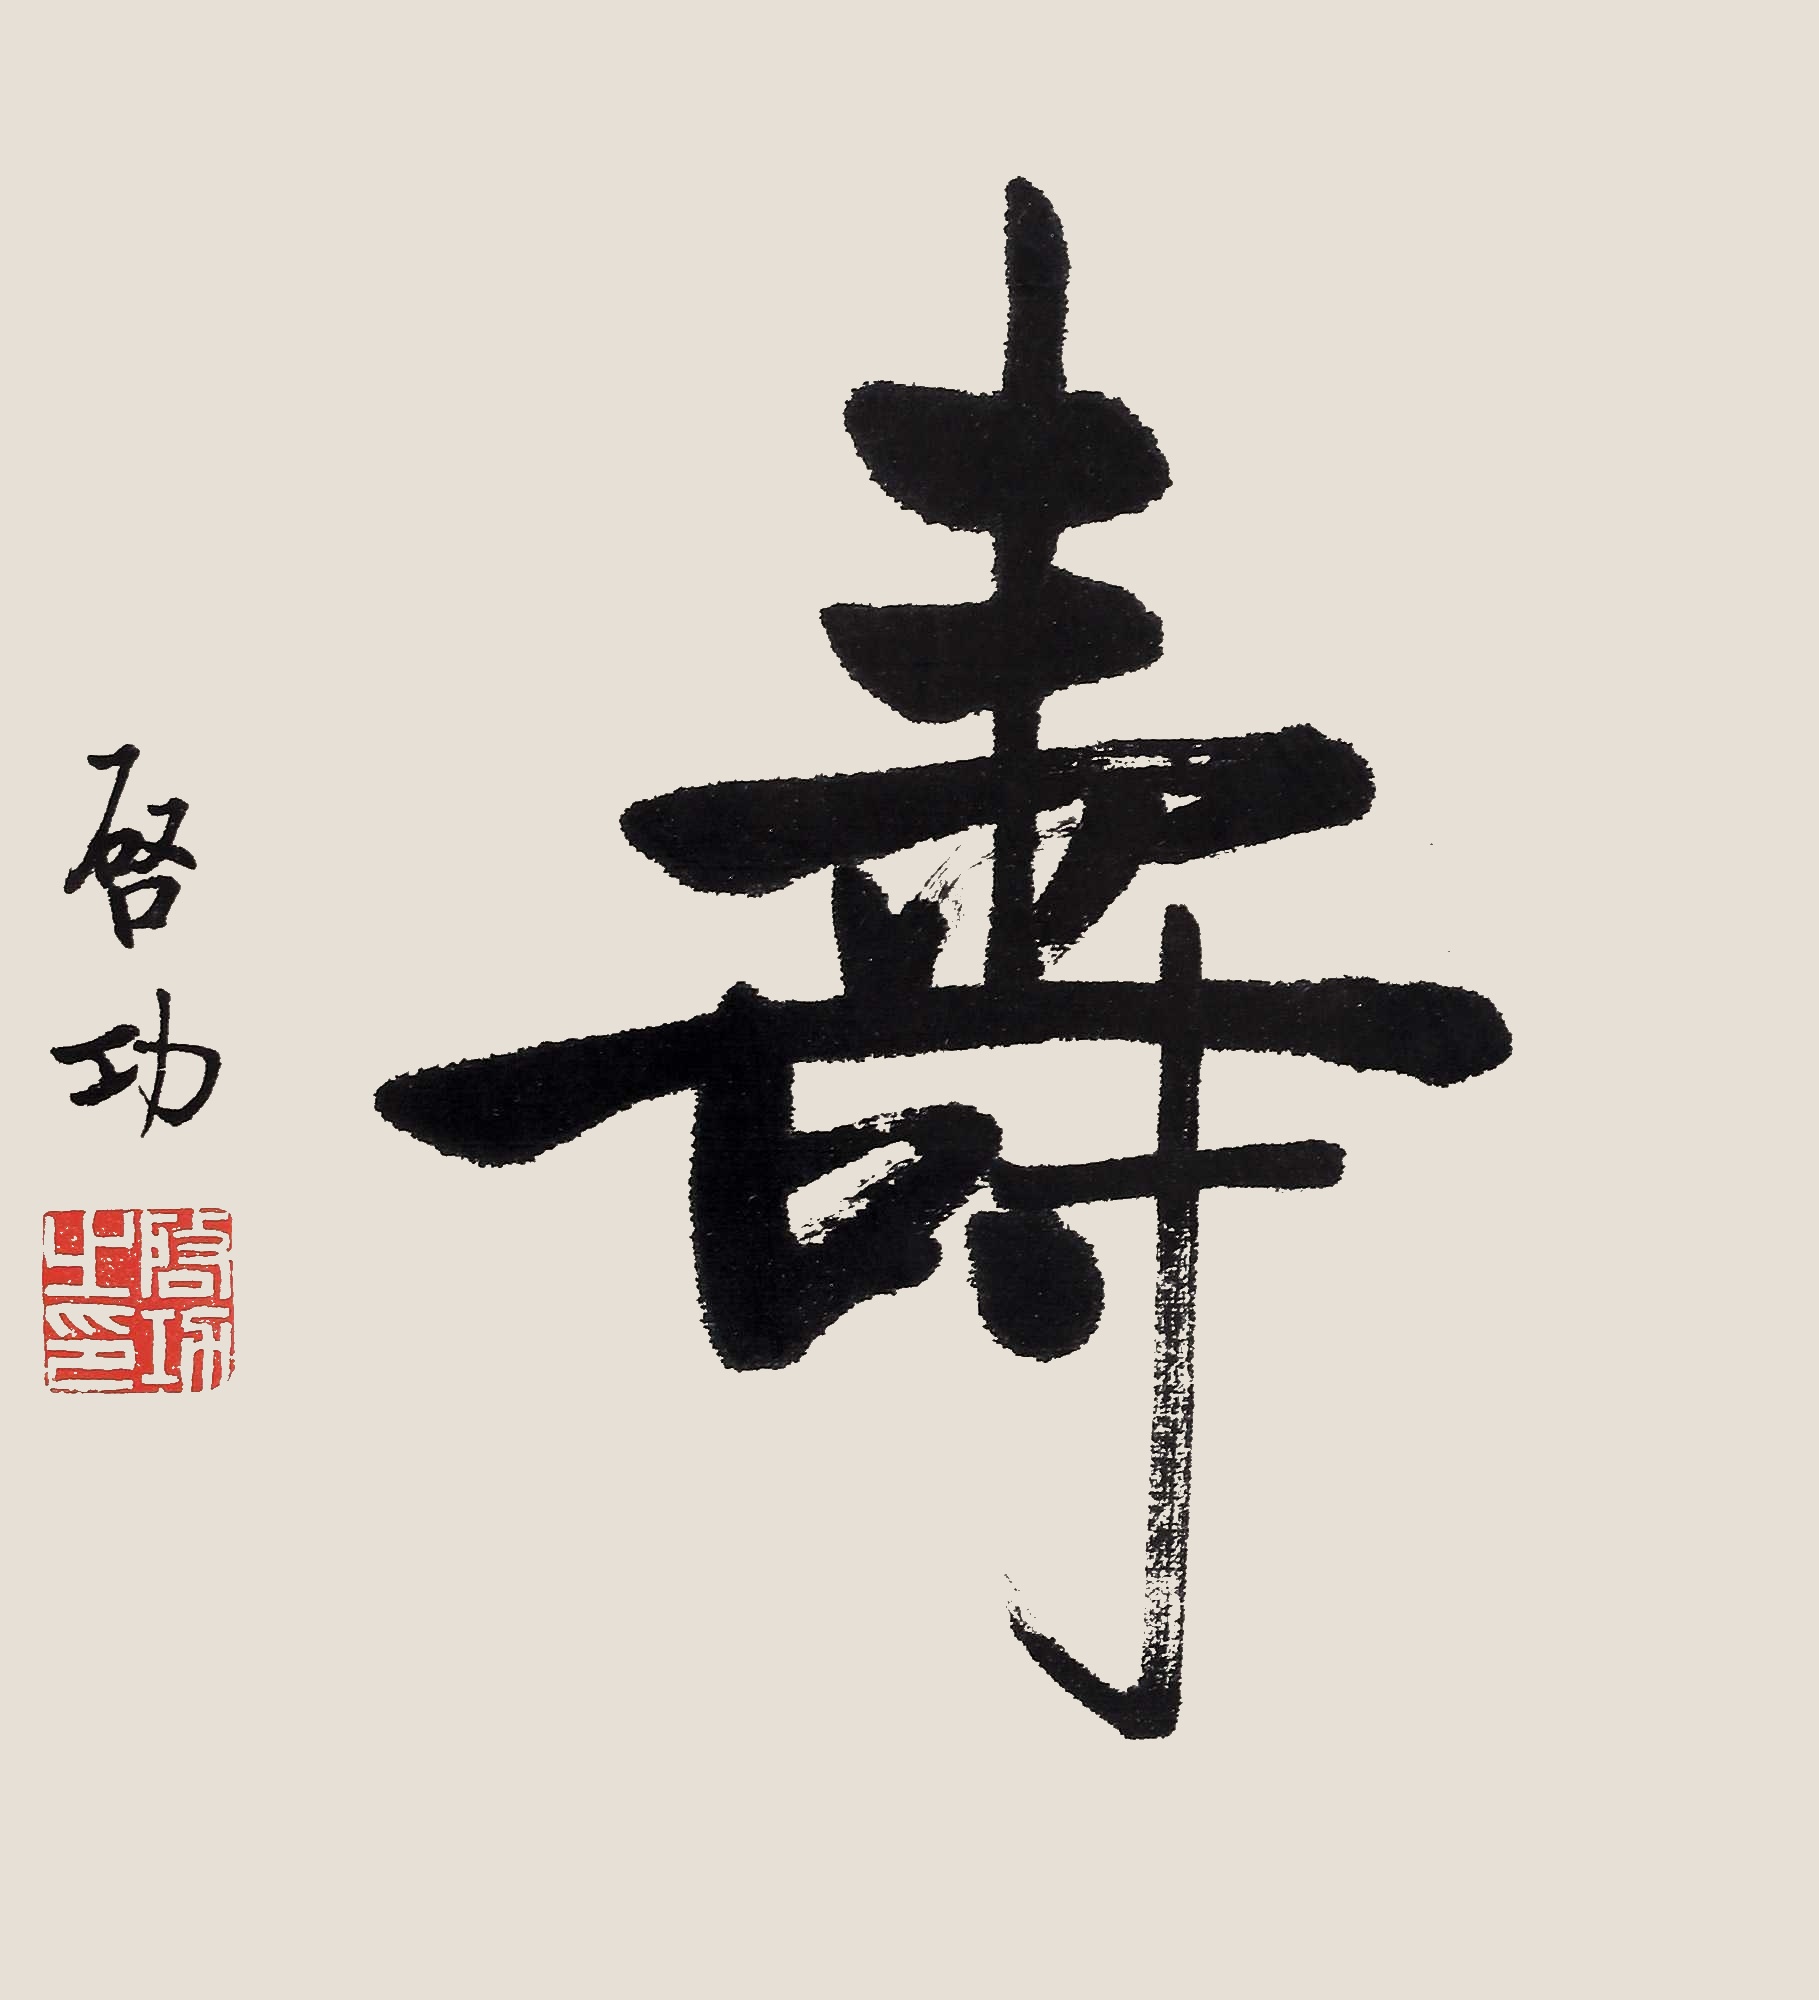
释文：寿启功